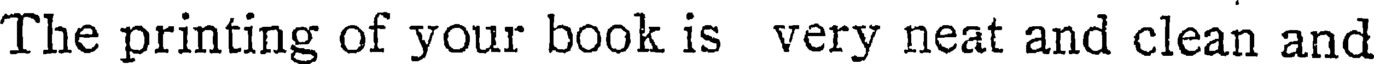
The printing of your book is very neat and clean and